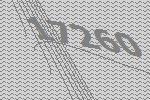
17260